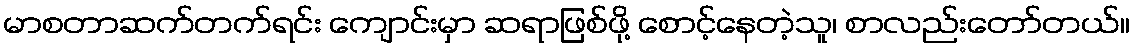
မာစတာဆက်တက်ရင်း ကျောင်းမှာ ဆရာဖြစ်ဖို့ စောင့်နေတဲ့သူ၊ စာလည်းတော်တယ်။